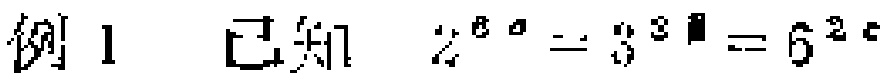
例1 已知 \(2^{6a}=3^{3b}=6^{2c}\)